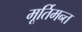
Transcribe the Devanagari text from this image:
मूर्तिमन्त